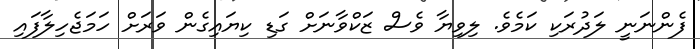
ފެންނަނީ ލަދުރަކި ކަމެވެ. ލިވިޔާ ވެސް ޒަކްވާނަށް ގަޑި ކިޔައިގެން ވަރަށް ހަމަޖެހިލާފައި